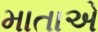
માતાએ